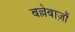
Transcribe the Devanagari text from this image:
बल्लेबाज़ौं